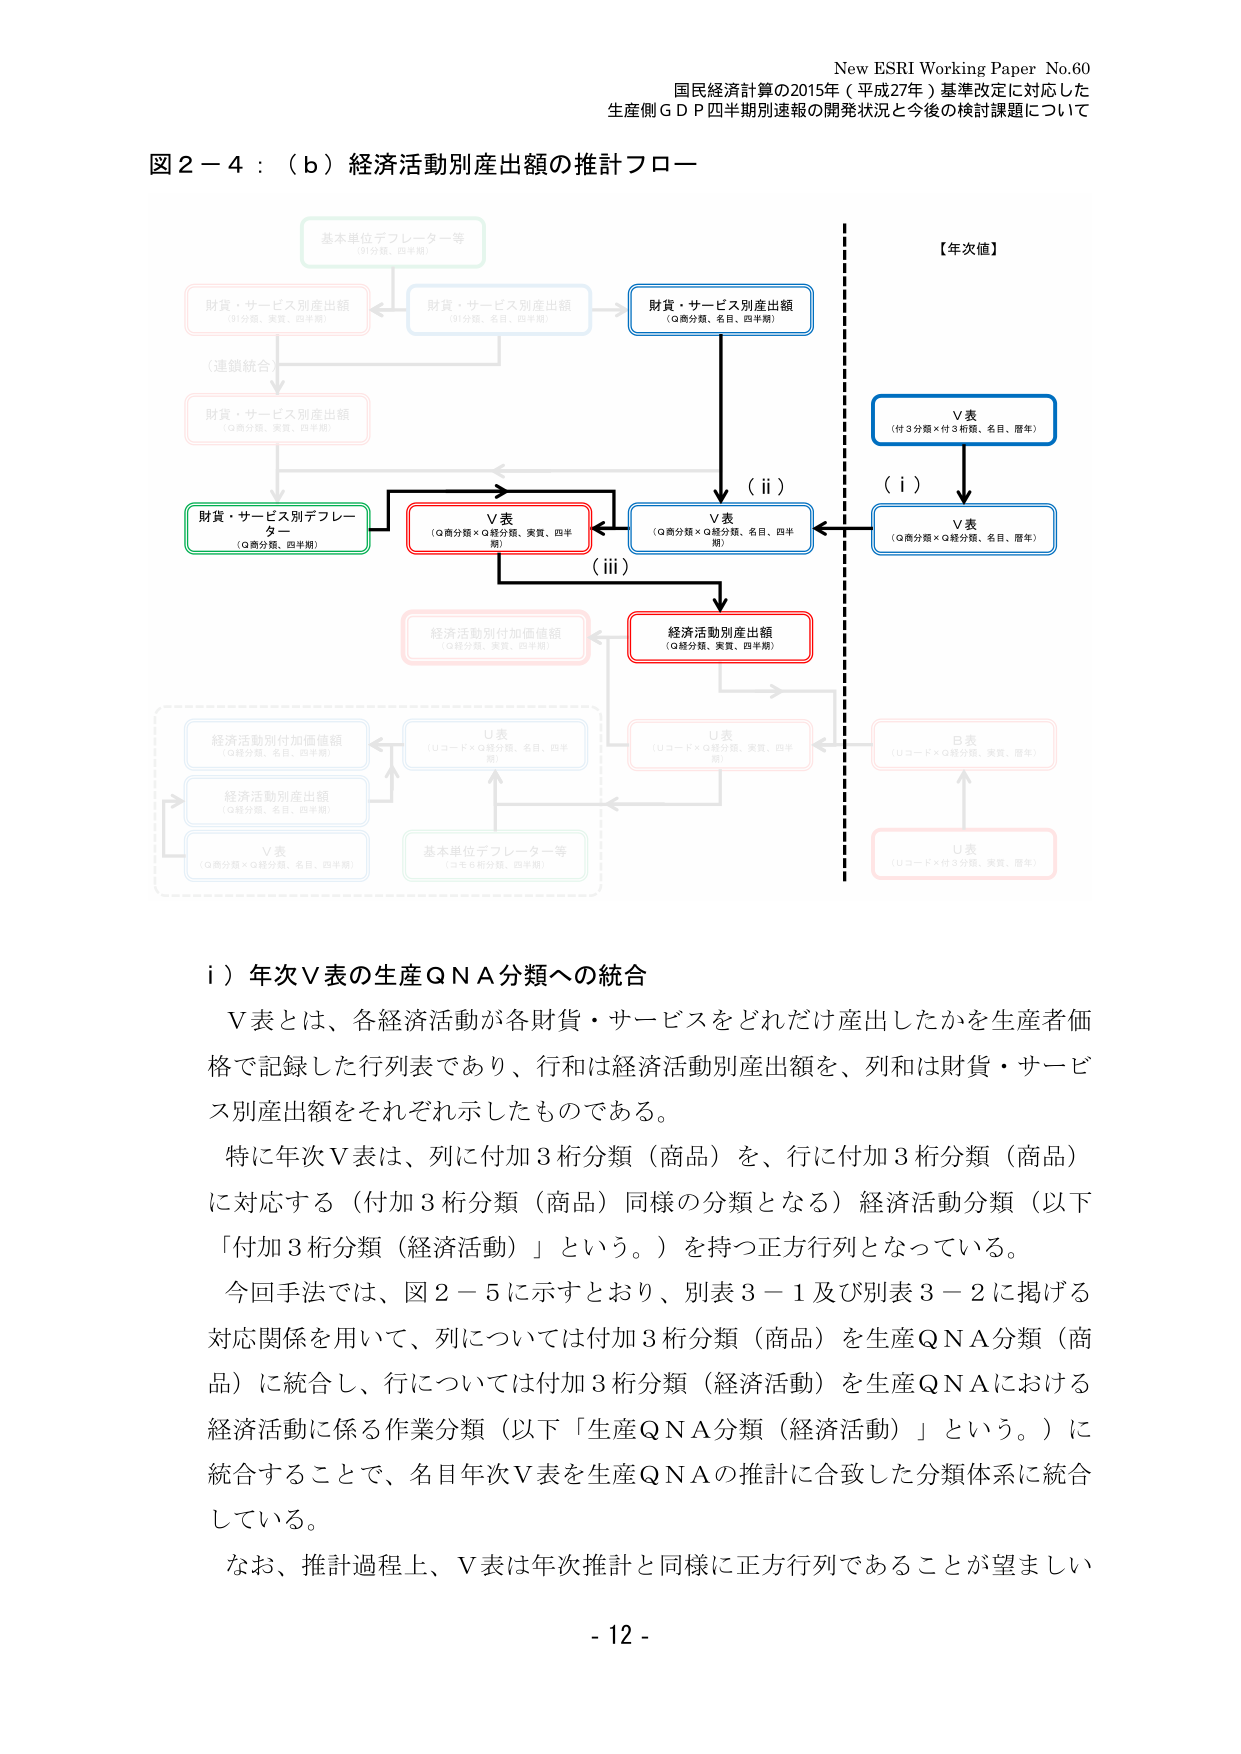
New ESRI Working Paper No.60
国民経済計算の2015年（平成27年）基準改定に対応した
生産側ＧＤＰ四半期別速報の開発状況と今後の検討課題について

図２－４：（ｂ）経済活動別産出額の推計フロー

基本単位デフレーター等
（Q分類、四半期）

財貨・サービス別産出額
（Q分類、名目、四半期）

財貨・サービス別産出額
（Q分類、実質、四半期）

（連鎖統合）

財貨・サービス別産出額
（Q分類、実質、四半期）

財貨・サービス別デフレーター
（Q商分類、四半期）

V表
（Q商分類×Q経分類、実質、四半期）

V表
（Q商分類×Q経分類、名目、四半期）

V表
（付3分類×付3桁類、名目、暦年）

【年次値】

（ⅰ）

V表
（Q商分類×Q経分類、名目、暦年）

（ⅱ）

経済活動別産出額
（Q経分類、実質、四半期）

（ⅲ）

経済活動別付加価値額
（Q経分類、実質、四半期）

U表
（Uコード×Q経分類、名目、四半期）

U表
（Uコード×Q経分類、実質、四半期）

B表
（Uコード×Q経分類、実質、暦年）

U表
（Uコード×付3分類、実質、暦年）

V表
（Q商分類×Q経分類、名目、四半期）

経済活動別付加価値額
（Q経分類、名目、四半期）

経済活動別産出額
（Q経分類、名目、四半期）

基本単位デフレーター等
（Q商分類、四半期）

ⅰ）年次Ｖ表の生産ＱＮＡ分類への統合

Ｖ表とは、各経済活動が各財貨・サービスをどれだけ産出したかを生産者価格で記録した行列表であり、行和は経済活動別産出額を、列和は財貨・サービス別産出額をそれぞれ示したものである。

特に年次Ｖ表は、列に付加3桁分類（商品）を、行に付加3桁分類（商品）に対応する（付加3桁分類（商品）同様の分類となる）経済活動分類（以下「付加3桁分類（経済活動）」という。）を持つ正方行列となっている。

今回手法では、図２－５に示すとおり、別表３－１及び別表３－２に掲げる対応関係を用いて、列については付加3桁分類（商品）を生産ＱＮＡ分類（商品）に統合し、行については付加3桁分類（経済活動）を生産ＱＮＡにおける経済活動に係る作業分類（以下「生産ＱＮＡ分類（経済活動）」という。）に統合することで、名目年次Ｖ表を生産ＱＮＡの推計に合致した分類体系に統合している。

なお、推計過程上、Ｖ表は年次推計と同様に正方行列であることが望ましい

- 12 -